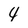
Character: 4